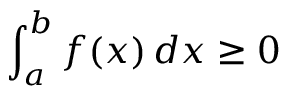
\int _ { a } ^ { b } f ( x ) \, d x \geq 0